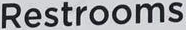
Restrooms